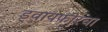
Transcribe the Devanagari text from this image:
ड्वायफोरचा